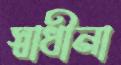
স্বাধীনা